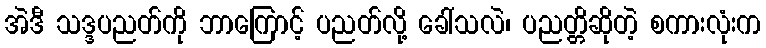
အဲဒီ သဒ္ဒပညတ်ကို ဘာကြောင့် ပညတ်လို့ ခေါ်သလဲ၊ ပညတ္တိဆိုတဲ့ စကားလုံးက